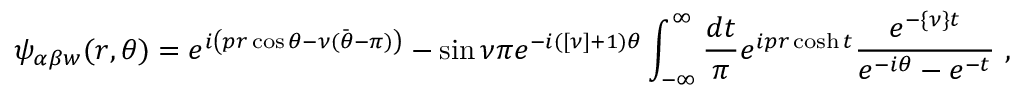
\psi _ { \alpha \beta w } ( r , \theta ) = e ^ { i \left( p r \cos \theta - \nu ( { \bar { \theta } } - \pi ) \right) } - \sin \nu \pi e ^ { - i ( [ \nu ] + 1 ) \theta } \int _ { - \infty } ^ { \infty } { \frac { d t } { \pi } } e ^ { i p r \cosh t } { \frac { e ^ { - \{ \nu \} t } } { e ^ { - i \theta } - e ^ { - t } } } \ ,